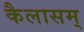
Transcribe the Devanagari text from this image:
कैलासम्‌